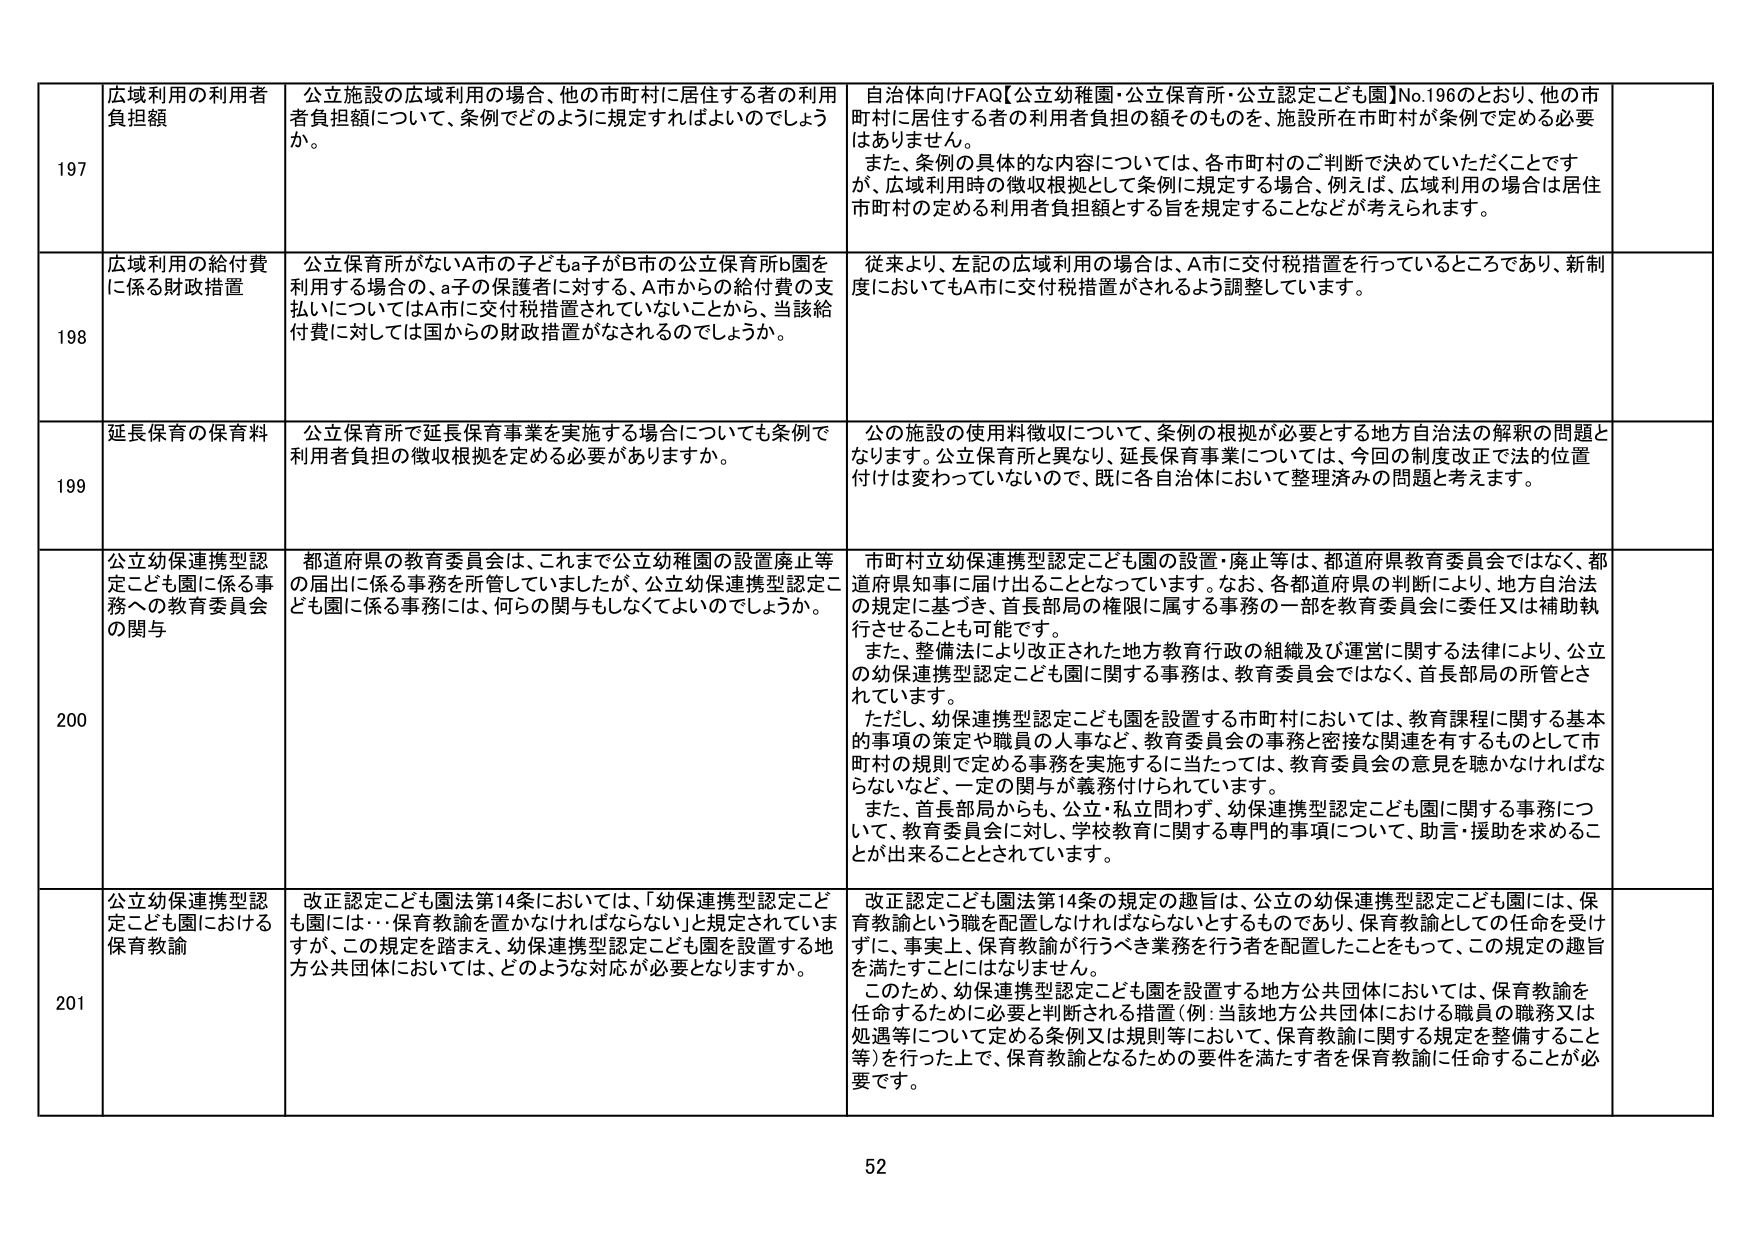
197 広域利用の利用者負担額 公立施設の広域利用の場合、他の市町村に居住する者の利用者負担額について、条例でどのように規定すればよいのでしょうか。 自治体向けFAQ【公立幼稚園・公立保育所・公立認定こども園】No.196のとおり、他の市町村に居住する者の利用者負担の額そのものを、施設所在市町村が条例で定める必要はありません。 また、条例の具体的な内容については、各市町村のご判断で決めていただくことですが、広域利用時の徴収根拠として条例に規定する場合、例えば、広域利用の場合は居住市町村の定める利用者負担額とする旨を規定することなどが考えられます。

198 広域利用の給付費に係る財政措置 公立保育所がないA市の子どもa子がB市の公立保育所b園を利用する場合の、a子の保護者に対する、A市からの給付費の支払いについてはA市に交付税措置がされていることから、当該給付費に対しては国からの財政措置がなされるのでしょうか。 従来より、左記の広域利用の場合は、A市に交付税措置を行っているところであり、新制度においてもA市に交付税措置がされるよう調整しています。

199 延長保育の保育料 公立保育所で延長保育事業を実施する場合についても条例で利用者負担の徴収根拠を定める必要がありますか。 公の施設の使用料徴収について、条例の根拠が必要とする地方自治法の解釈の問題となります。公立保育所と異なり、延長保育事業については、今回の制度改正で法的位置付けは変わっていないので、既に各自治体において整理済みの問題と考えます。

200 公立幼保連携型認定こども園に係る事務への教育委員会の関与 都道府県の教育委員会は、これまで公立幼稚園の設置廃止等の届出に係る事務を所管していましたが、公立幼保連携型認定こども園に係る事務には、何らの関与もしなくてよいのでしょうか。 市町村立幼保連携型認定こども園の設置・廃止等は、都道府県教育委員会ではなく、都道府県知事に届け出ることとなっています。なお、各都道府県の判断により、地方自治法の規定に基づき、首長部局の権限に属する事務の一部を教育委員会に委任又は補助執行させることも可能です。 また、整備法により改正された地方教育行政の組織及び運営に関する法律により、公立の幼保連携型認定こども園に関する事務は、教育委員会ではなく、首長部局の所管とされています。 ただし、幼保連携型認定こども園を設置する市町村においては、教育課程に関する基本的事項の策定や職員の人事など、教育委員会の事務と密接な関連を有するものとして市町村の規則で定める事務を実施するに当たっては、教育委員会の意見を聴かなければならないなど、一定の関与が義務付けられています。 また、首長部局からも、公立・私立問わず、幼保連携型認定こども園に関する事務について、教育委員会に対し、学校教育に関する専門的事項について、助言・援助を求めることができるごととされています。

201 公立幼保連携型認定こども園における保育教諭 改正認定こども園法第14条においては、「幼保連携型認定こども園には…保育教諭を置かなければならない」と規定されていますが、この規定を踏まえ、幼保連携型認定こども園を設置する地方公共団体においては、どのような対応が必要となりますか。 改正認定こども園法第14条の規定の趣旨は、公立の幼保連携型認定こども園には、保育教諭という職を配置しなければならないとするものであり、保育教諭としての任命を受けるずに、事実上、保育教諭が行うべき業務を行う者を配置したことをもって、この規定の趣旨を満たすことにはなりません。 このため、幼保連携型認定こども園を設置する地方公共団体においては、保育教諭を任命するために必要と判断される措置（例：当該地方公共団体における職員の職務又は処遇等について定める条例又は規則等において、保育教諭に関する規定を整備すること等）を行った上で、保育教諭となるための要件を満たす者を保育教諭に任命することが必要です。

52